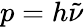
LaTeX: p=h{\tilde{\nu}}